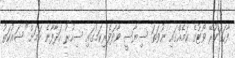
ފާހަގަކުރޭ ވޯޓުގެ ކަމެއްގައި ނުވަތަ ސިޔާސީ ވާދަވެރިކަމުގައި ސިހުރު ހަދާފާނެ ކަމަށް" ޝައުކަތު